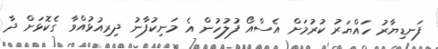
ފަނޑިޔާރު ހައްޔަރު ކުރުމަށް އެސްއޯ ފުލުހުން އެ މަނިކުފާނު ދިރިއުޅުއްވާ ގެކޮޅަށް ދާ